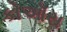
કોઑસ